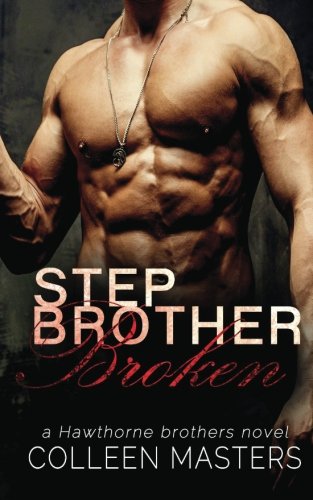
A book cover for Stepbrother Broken (The Hawthorne Brothers) (Volume 2); Colleen Masters; Romance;